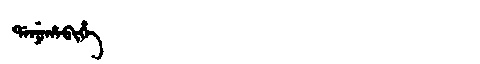
Manchu: ᡩᠠᠨᡠᡥᠠᠪᡳᡥᡝ
Romanization: DANUHABIHE